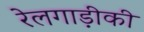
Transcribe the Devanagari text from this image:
रेलगाड़ीकी